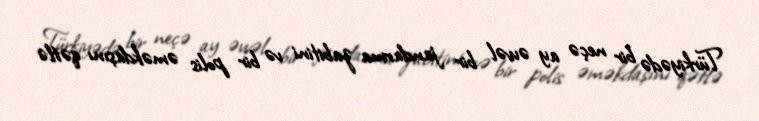
Türkiyədə bir neçə ay əvvəl bir jandarma zabitini və bir polis əməkdaşını qətlə